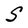
Character: S